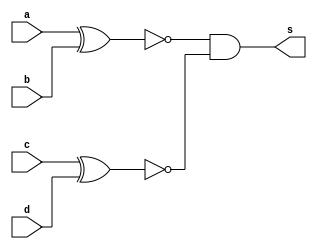
// ----------------------------------------------
// -- Exemplo0026 SOMADOR ALGEBRICO
// -- Alexandre Palmieri Sad
// -- 440265
// ----------------------------------------------

// ----------------------------------------------
// -- COMPARADOR DE 2 BITS IGUAIS
// ----------------------------------------------
module comparador2BitsIguais(s, a, b, c, d);
	output s;
	input a;
	input b;
	input c;
	input d;
	
	wire x0, x1;
	
	xnor A(x0, a, b);
	xnor B(x1, c, d);
	and  C(s, x0, x1);

endmodule // -- fim modulo

// ----------------------------------------------
// -- COMPARADOR DE 4 BITS IGUAIS
// ----------------------------------------------
module comparador4BitsIguais(s, a, b);
	output s;
	input  [3:0]a;
	input  [3:0]b;
	
	wire x0, x1;
	
	comparador2BitsIguais A(x0, b[0], 
										a[0], b[1], a[1]);
	comparador2BitsIguais B(x1, b[2], 
										a[2], b[3], a[3]);
							and C(s, x0, x1);
endmodule // -- fim modulo

// ----------------------------------------------
// -- COMPARADOR DE 2 BITS DIFERENTES
// ----------------------------------------------
module comparador2Bits(s, a, b, c, d);
	output s;
	input  a;
	input  b;
	input  c;
	input  d;
	
	wire x0, x1, x2, x3, x4, x5;
	wire y0, y1;
	wire s0, s1;

	xor 	A(x0, c, d);
	xnor 	B(x1, a, b);
	xnor 	C(x2, c, d);
	xor 	D(x3, a, b);
	xor 	E(x4, a, c);
	xor 	F(x5, b, d);
	and 	G(y0, x0, x1);
	and 	H(y1, x2, x3);
	and 	I(s0, x4, x5);
	or 	J(s1, y0, y1);
	or 	K(s, s1, s0);
endmodule // -- fim modulo

// ----------------------------------------------
// -- COMPARADOR DE 4 BITS DIFERENTES
// ----------------------------------------------
module comparador4BitsDifere(s, a, b);
	output s;
	input  [3:0]a;
	input  [3:0]b;
	
	wire s0, s1;
	
	comparador2Bits A(s0, a[3], a[2], b[3], b[2]);
	comparador2Bits B(s1, a[1], a[0], b[1], b[0]);
	or					 C(s, s0, s1);
endmodule // -- fim modulo

// ----------------------------------------------
// -- SWITCH DE 2 BITS
// ----------------------------------------------
module switch(s, a, b, sw);
	output s;
	input  a;
	input  b;
	input sw;
	
	wire x0, y1, y0;
	
	and A(y1, a, sw);
	not N(x0, sw);
	and B(y0, b, x0);
	or  C(s, y0, y1);
endmodule

// ----------------------------------------------
// -- COMPARADOR DE BITS IGUAIS E DIFERENTES
// ----------------------------------------------
module IgualDiferente(s, a, b, sw);
	output 		s;
	input  [3:0]a;
	input  [3:0]b;
	input      sw;
	
	wire x0, x1;
	comparador4BitsIguais A(x0, a, b);
	comparador4BitsDifere B(x1, a, b);
	switch 				  MUX(s, x1, x0, sw);
endmodule

// ----------------------------------------------
// -- MODULO DE TESTES
// ----------------------------------------------
module teste;
	reg  [3:0]a;
	reg  [3:0]b;
	reg 		sw;
	wire s;
	
	IgualDiferente C(s, a, b, sw);
	
	initial begin:start
		a  = 4'b0000;
		b  = 4'b0000;
		sw = 0;
	end
	
	initial begin
		$display("-------------------------------");
		$display("Comaparador de Bits");
		$display("Alexandre Palmieri Sad - 440265");
		$display("-------------------------------");
		$display("IUGAIS:");
		$monitor("\t%4b == %4b -> %b", a, b, s);
		
	#1
		a = 4'b0001; b = 4'b0001;
	#1
		a = 4'b0001; b = 4'b0000;	
	#1
		a = 4'b0001; b = 4'b0010;
	#1
		a = 4'b0001; b = 4'b0011;
	#1
		a = 4'b0001; b = 4'b0100;
	#1
		a = 4'b0001; b = 4'b0101;
	#1
		a = 4'b0001; b = 4'b0110;
	#1
		a = 4'b0001; b = 4'b0111;
	#1
		a = 4'b0001; b = 4'b1000;
// -- 8		
	#1
		a = 4'b0010; b = 4'b0001;
	#1
		a = 4'b0010; b = 4'b0000;	
	#1
		a = 4'b0010; b = 4'b0010;
	#1
		a = 4'b0010; b = 4'b0011;
	#1
		a = 4'b0010; b = 4'b0100;
	#1
		a = 4'b0010; b = 4'b0101;
	#1
		a = 4'b0010; b = 4'b0110;
	#1
		a = 4'b0010; b = 4'b0111;
	#1
		a = 4'b0010; b = 4'b1000;
// -- 16		
	#1
		a = 4'b0011; b = 4'b0001;
	#1
		a = 4'b0011; b = 4'b0000;	
	#1
		a = 4'b0011; b = 4'b0010;
	#1
		a = 4'b0011; b = 4'b0011;
	#1
		a = 4'b0011; b = 4'b0100;
	#1
		a = 4'b0011; b = 4'b0101;
	#1
		a = 4'b0011; b = 4'b0110;
	#1
		a = 4'b0011; b = 4'b0111;
	#1
		a = 4'b0011; b = 4'b1000;
// -- 32		
	#1
		a = 4'b0100; b = 4'b0001;
	#1
		a = 4'b0100; b = 4'b0000;	
	#1
		a = 4'b0100; b = 4'b0010;
	#1
		a = 4'b0100; b = 4'b0011;
	#1
		a = 4'b0100; b = 4'b0100;
	#1
		a = 4'b0100; b = 4'b0101;
	#1
		a = 4'b0100; b = 4'b0110;
	#1
		a = 4'b0100; b = 4'b0111;
	#1
		a = 4'b0100; b = 4'b1000;
	#1
		a = 4'b1111; b = 4'b1111;	
		
		sw = 1;
		$display("-------------------------------");
		$display("DIFERENTES:");
		$monitor("\t%4b != %4b -> %b", a, b, s);
	#1
		a = 4'b0001; b = 4'b0001;
	#1
		a = 4'b0001; b = 4'b0000;	
	#1
		a = 4'b0001; b = 4'b0010;
	#1
		a = 4'b0001; b = 4'b0011;
	#1
		a = 4'b0001; b = 4'b0100;
	#1
		a = 4'b0001; b = 4'b0101;
	#1
		a = 4'b0001; b = 4'b0110;
	#1
		a = 4'b0001; b = 4'b0111;
	#1
		a = 4'b0001; b = 4'b1000;
// -- 8		
	#1
		a = 4'b0010; b = 4'b0001;
	#1
		a = 4'b0010; b = 4'b0000;	
	#1
		a = 4'b0010; b = 4'b0010;
	#1
		a = 4'b0010; b = 4'b0011;
	#1
		a = 4'b0010; b = 4'b0100;
	#1
		a = 4'b0010; b = 4'b0101;
	#1
		a = 4'b0010; b = 4'b0110;
	#1
		a = 4'b0010; b = 4'b0111;
	#1
		a = 4'b0010; b = 4'b1000;
// -- 16		
	#1
		a = 4'b0011; b = 4'b0001;
	#1
		a = 4'b0011; b = 4'b0000;	
	#1
		a = 4'b0011; b = 4'b0010;
	#1
		a = 4'b0011; b = 4'b0011;
	#1
		a = 4'b0011; b = 4'b0100;
	#1
		a = 4'b0011; b = 4'b0101;
	#1
		a = 4'b0011; b = 4'b0110;
	#1
		a = 4'b0011; b = 4'b0111;
	#1
		a = 4'b0011; b = 4'b1000;
// -- 32		
	#1
		a = 4'b0100; b = 4'b0001;
	#1
		a = 4'b0100; b = 4'b0000;	
	#1
		a = 4'b0100; b = 4'b0010;
	#1
		a = 4'b0100; b = 4'b0011;
	#1
		a = 4'b0100; b = 4'b0100;
	#1
		a = 4'b0100; b = 4'b0101;
	#1
		a = 4'b0100; b = 4'b0110;
	#1
		a = 4'b0100; b = 4'b0111;
	#1
		a = 4'b0100; b = 4'b1000;
	#1
		a = 4'b1111; b = 4'b1111;		
		
	end
endmodule